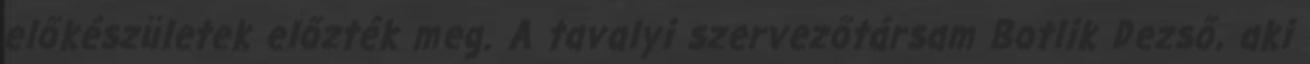
előkészületek előzték meg. A tavalyi szervezőtársam Botlik Dezső, aki